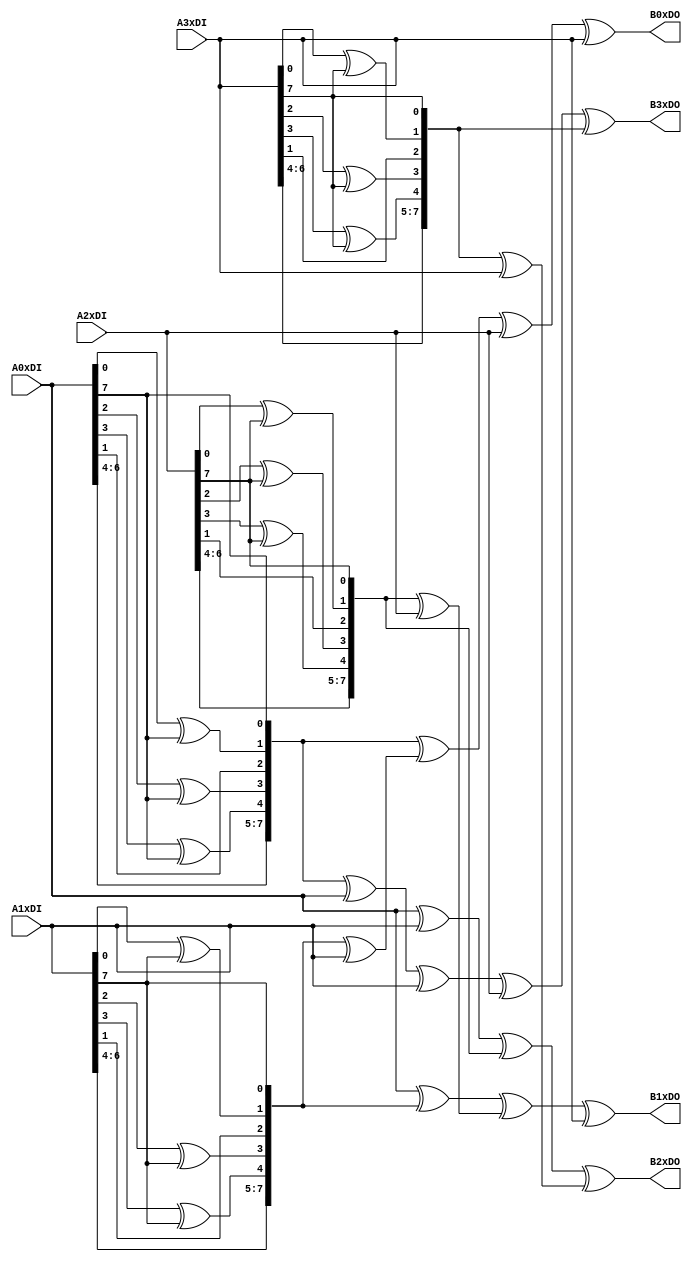
`timescale 1ns / 1ps
//////////////////////////////////////////////////////////////////////////////////
// Company: 
// Engineer: 
// 
// Design Name: 
// Module Name:    mix_columns 
// Project Name: 
// Target Devices: 
// Tool versions: 
// Description: 
//
// Dependencies: 
//
// Revision: 
// Revision 0.01 - File Created
// Additional Comments: 
//
//////////////////////////////////////////////////////////////////////////////////
//perform Mixcolumns
module mix_columns(
   input [7:0]  A0xDI,
   input [7:0]  A1xDI,
   input [7:0]  A2xDI,
   input [7:0]  A3xDI,
   output [7:0] B0xDO,
   output [7:0] B1xDO,
   output [7:0] B2xDO,
   output [7:0] B3xDO
);	

      wire [7:0]    a0_mul_2;
      wire [7:0]    a1_mul_2;
      wire [7:0]    a2_mul_2;
      wire [7:0]    a3_mul_2;
      wire [7:0]    a0_mul_3;
      wire [7:0]    a1_mul_3;
      wire [7:0]    a2_mul_3;
      wire [7:0]    a3_mul_3;
      assign a0_mul_2[0] = A0xDI[7];
      assign a0_mul_2[1] = A0xDI[0] ^ A0xDI[7];
      assign a0_mul_2[2] = A0xDI[1];
      assign a0_mul_2[3] = A0xDI[2] ^ A0xDI[7];
      assign a0_mul_2[4] = A0xDI[3] ^ A0xDI[7];
      assign a0_mul_2[5] = A0xDI[4];
      assign a0_mul_2[6] = A0xDI[5];
      assign a0_mul_2[7] = A0xDI[6];
      
      assign a1_mul_2[0] = A1xDI[7];
      assign a1_mul_2[1] = A1xDI[0] ^ A1xDI[7];
      assign a1_mul_2[2] = A1xDI[1];
      assign a1_mul_2[3] = A1xDI[2] ^ A1xDI[7];
      assign a1_mul_2[4] = A1xDI[3] ^ A1xDI[7];
      assign a1_mul_2[5] = A1xDI[4];
      assign a1_mul_2[6] = A1xDI[5];
      assign a1_mul_2[7] = A1xDI[6];
      
      assign a2_mul_2[0] = A2xDI[7];
      assign a2_mul_2[1] = A2xDI[0] ^ A2xDI[7];
      assign a2_mul_2[2] = A2xDI[1];
      assign a2_mul_2[3] = A2xDI[2] ^ A2xDI[7];
      assign a2_mul_2[4] = A2xDI[3] ^ A2xDI[7];
      assign a2_mul_2[5] = A2xDI[4];
      assign a2_mul_2[6] = A2xDI[5];
      assign a2_mul_2[7] = A2xDI[6];
      
      assign a3_mul_2[0] = A3xDI[7];
      assign a3_mul_2[1] = A3xDI[0] ^ A3xDI[7];
      assign a3_mul_2[2] = A3xDI[1];
      assign a3_mul_2[3] = A3xDI[2] ^ A3xDI[7];
      assign a3_mul_2[4] = A3xDI[3] ^ A3xDI[7];
      assign a3_mul_2[5] = A3xDI[4];
      assign a3_mul_2[6] = A3xDI[5];
      assign a3_mul_2[7] = A3xDI[6];
      
      assign a0_mul_3 = a0_mul_2 ^ A0xDI;   
      assign a1_mul_3 = a1_mul_2 ^ A1xDI;
      assign a2_mul_3 = a2_mul_2 ^ A2xDI;
      assign a3_mul_3 = a3_mul_2 ^ A3xDI;
		
      assign B0xDO = a0_mul_2 ^ a1_mul_3 ^ A2xDI ^ A3xDI;    
      assign B1xDO = A0xDI ^ a1_mul_2 ^ a2_mul_3 ^ A3xDI;
      assign B2xDO = A0xDI ^ A1xDI ^ a2_mul_2 ^ a3_mul_3;     
      assign B3xDO = a0_mul_3 ^ A1xDI ^ A2xDI ^ a3_mul_2;
   
endmodule